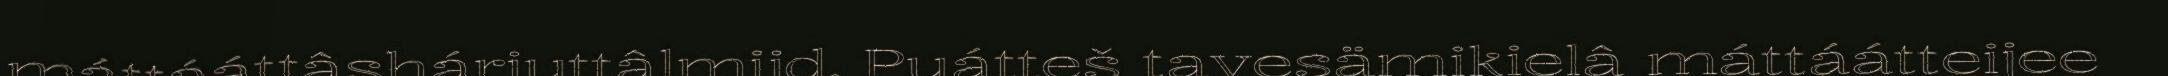
máttááttâshárjuttâlmijd. Puátteš tavesämikielâ máttáátteijee